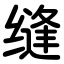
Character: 缝